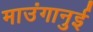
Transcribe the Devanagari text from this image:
माउंगानुई